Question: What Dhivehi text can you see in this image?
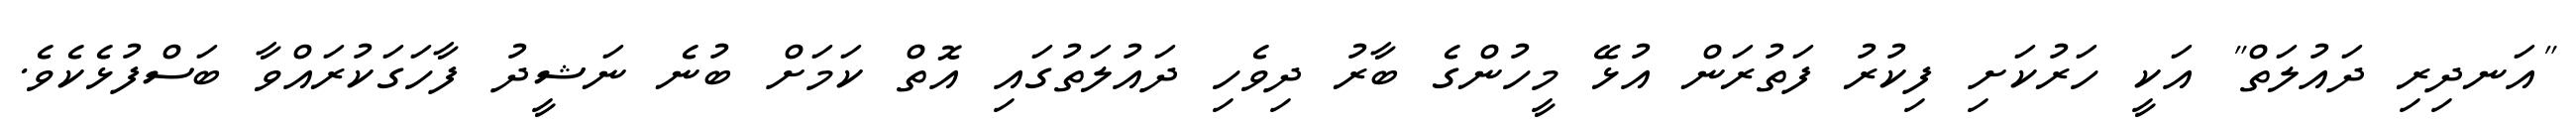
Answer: "އަނދިރި ދައުލަތް" އަކީ ހަރުކަށި ފިކުރު ފަތުރަން އުޅޭ މީހުންގެ ބާރު ދިވެހި ދައުލަތުގައި އޮތް ކަމަށް ބުނެ ނަޝީދު ފާހަގަކުރައްވާ ބަސްފުޅެކެވެ.